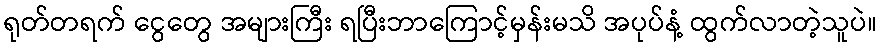
ရုတ်တရက် ငွေတွေ အများကြီး ရပြီးဘာကြောင့်မှန်းမသိ အပုပ်နံ့ ထွက်လာတဲ့သူပဲ။